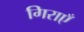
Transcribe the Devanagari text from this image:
गिराएँ